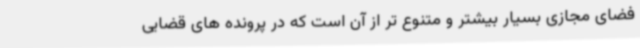
فضای مجازی بسیار بیشتر و متنوع تر از آن است که در پرونده های قضایی